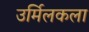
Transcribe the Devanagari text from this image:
उर्मिलकला